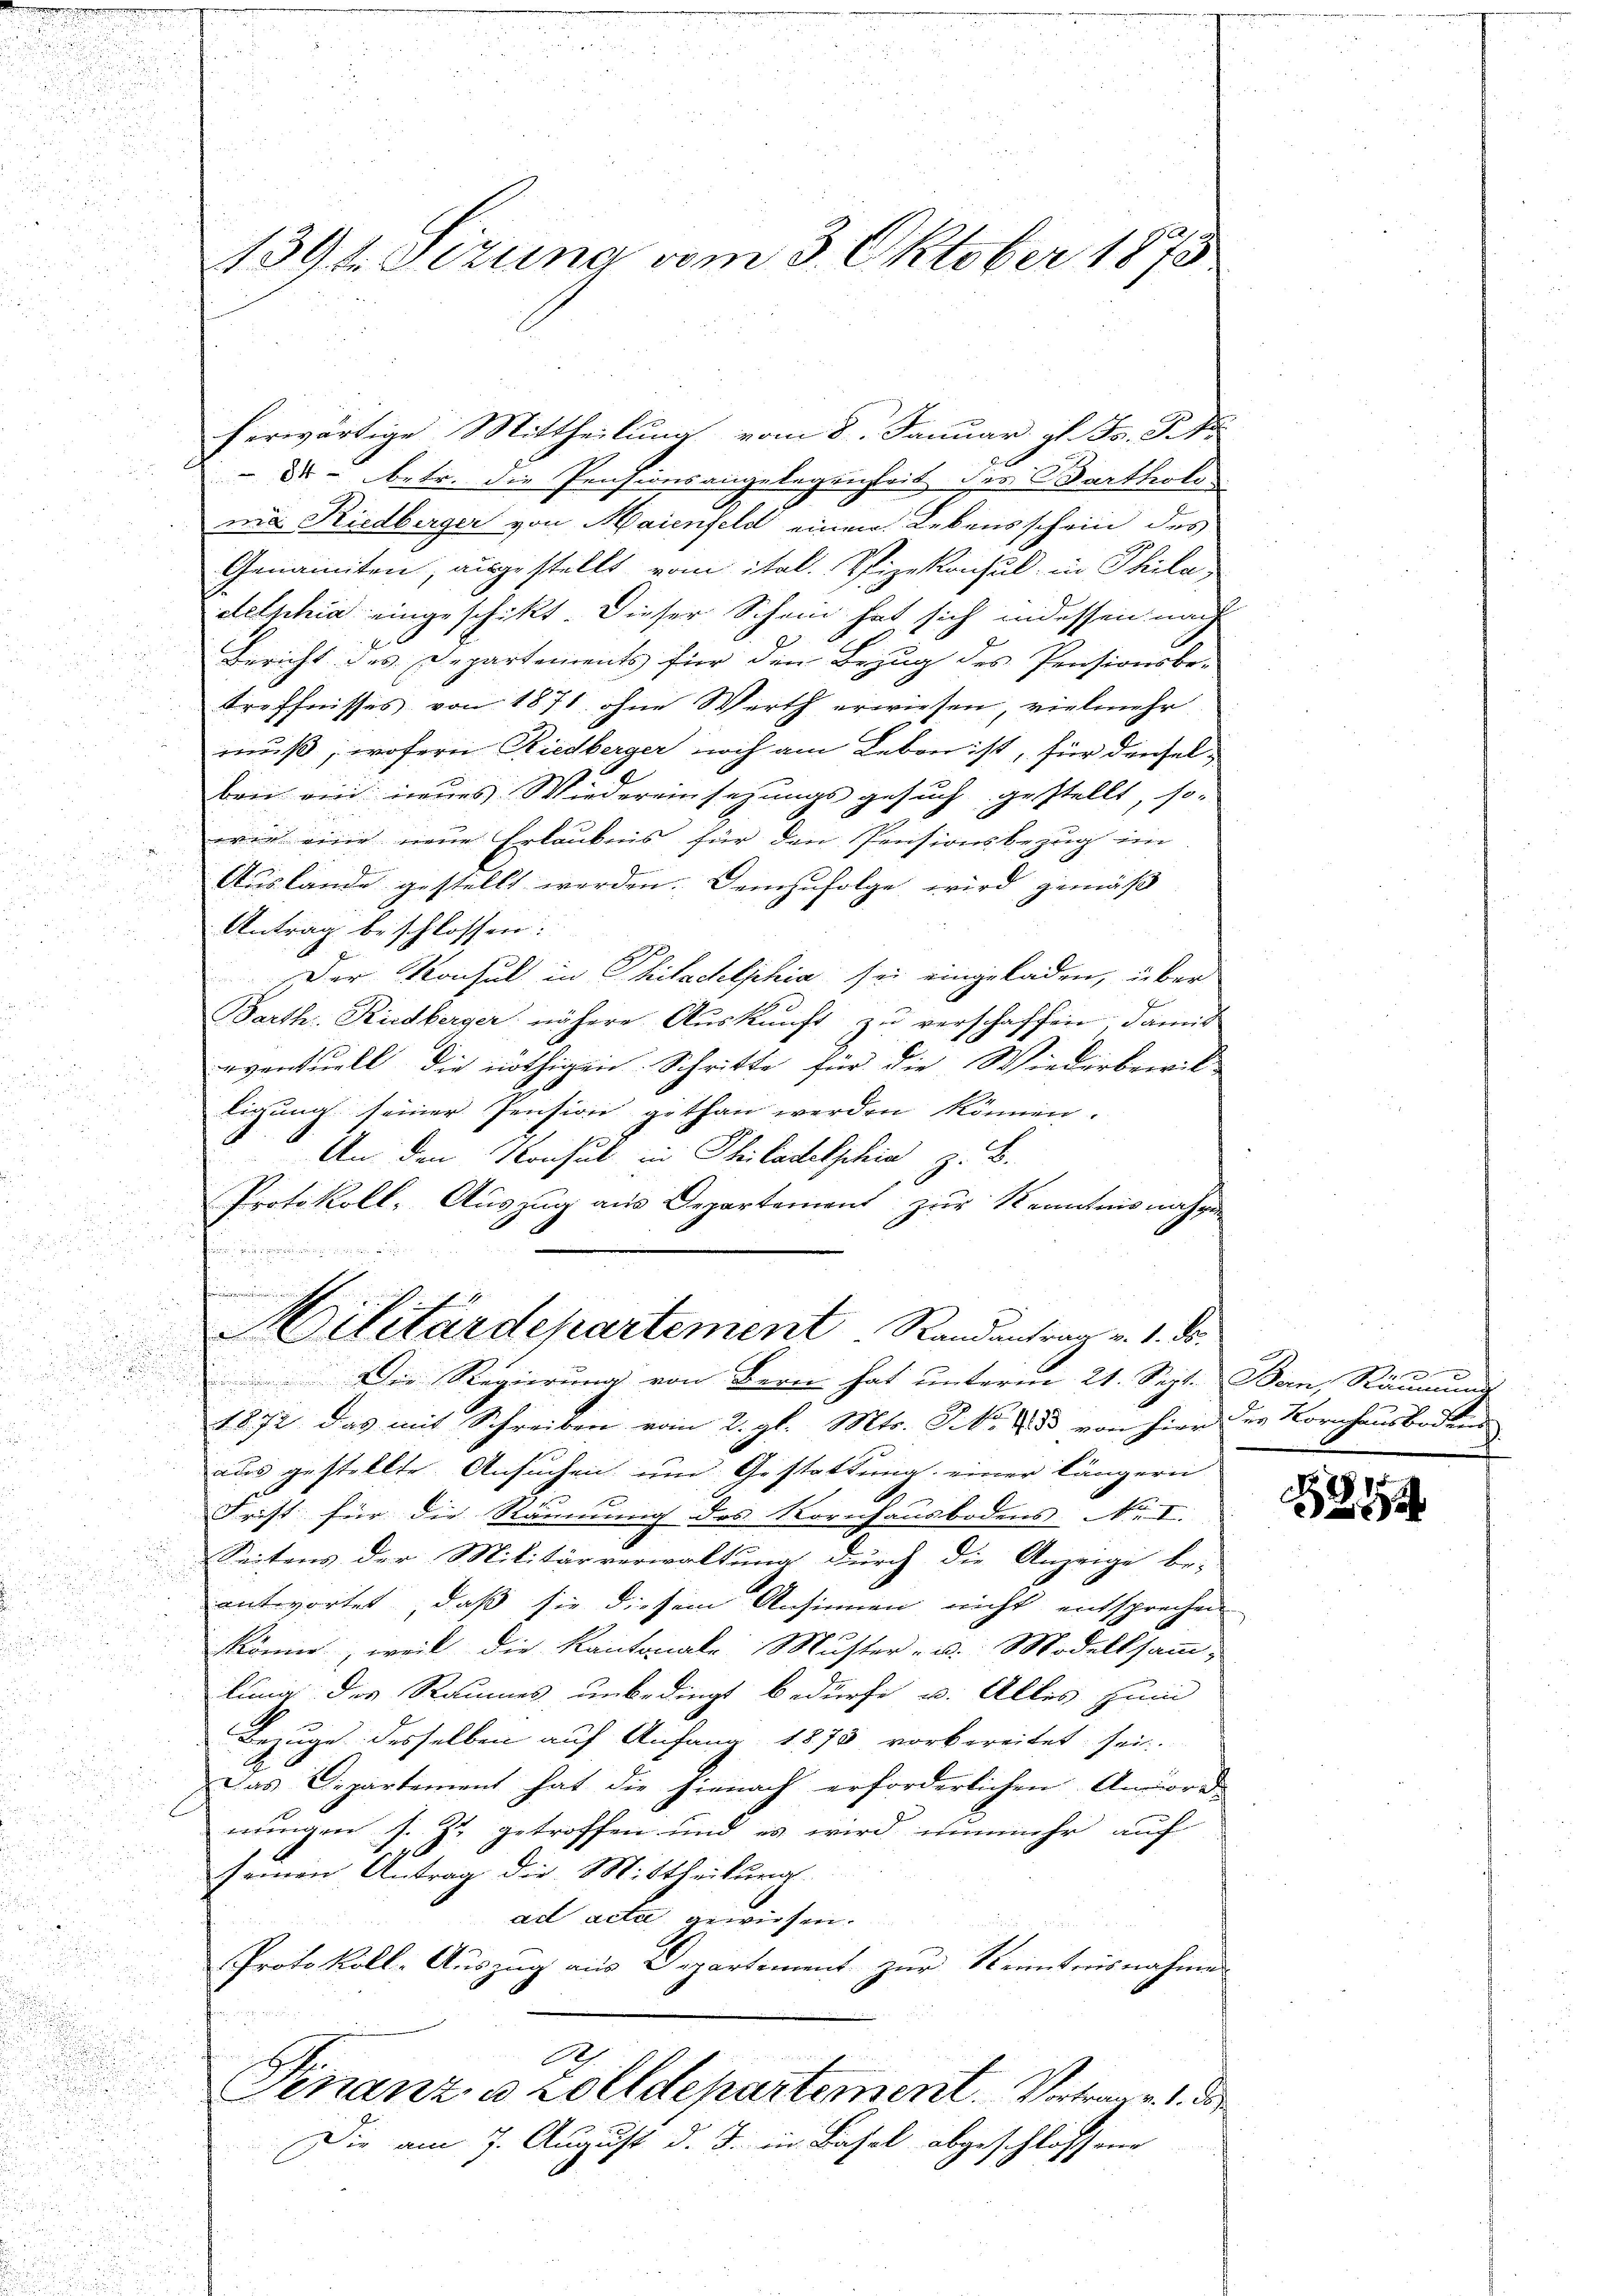
Sonntenden seinen

1394. Sizung vom 3. Oktober 1875

Dr - betr. die Pensionsangelegenheit der Bartholo
ma Riedberger von Maienfeld einen Lebensschein des
Genannten, ausgestellt vom ital. Vizekonsul in Philadelphia eingeschikt. Dieser Schein hat sich indessen nach
Bericht des Departements für den Bezug des Pensionsbe-
treffnisses von 1871 ohne Werth erwiesen, vielmehr
muß; wofern Riedberger noch am Leben ist, für densel-
ben ein neues Wiedereinsetzungsgesuch gestellt, so-
wie eine neue Erlaubnis für den Pensionsbezug im
Auslande gestellt worden. Demzufolge wird gemäß
Antrag beschlossen:
Der Konsul in Philadelphia sei eingeladen, über
Barth. Rudberger nähere Aŭskŭnft zŭ verschaffen, damit
eventuell die nöthigen Schritte für die Wiederbewil-
u

tigung seiner Pension gethan werden können.
n
u
u
r
An den Konsul in Philadelphia z. B.
.
Protokoll, Auszug aus Departement zur Kenntnisnahme
u
u

.
.
3
u

r
Ailitärdepartement Randantrag v. 1. ds.

 Die Regierung von Bern hat unterm 21. Sept. Ban, Räumund
¬
2

1872 das mit Schreiben vom 2. gl. Mts. No. 13 von hier der Kornhausboden
aus gestellte Ansuchen um Gestattung einer längern
e
Frist für die Räumung des Kornhausbodens Nr. I.
Seitens der Militärverwaltung durch die Anzeige be-
¬
i
antwortet, daß sie diesem Ansinnen nicht entsprechen
1
i
.
könne, weil die Kantonale Muster- u. Modeltsamm-
lung des Raumes unbedingt bedürfe u. Alles sein
Bezuge desselben auf Anfang 1875 vorbereitet sei.
Das Departement hat die hienach erforderlichen Anord
nungen s. Z. getroffen und es wird nunmehr auf
u
seinen Antrag die Mittheilung
ad acta gewiesen.
Protokoll-Auszug aus Departement zŭr Kenntnisnahmen
.
Finanz u Zolldepartement. Vertrag v. 1. der
Die am 7. August d. J. in Basel abgeschlossene
u

herwärtige Mittheilung vom 8. Januar gl. F. P. N

14